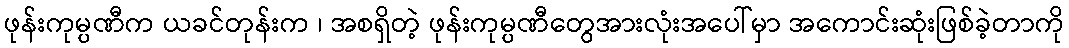
ဖုန်းကုမ္ပဏီက ယခင်တုန်းက ၊ အစရှိတဲ့ ဖုန်းကုမ္ပဏီတွေအားလုံးအပေါ်မှာ အကောင်းဆုံးဖြစ်ခဲ့တာကို